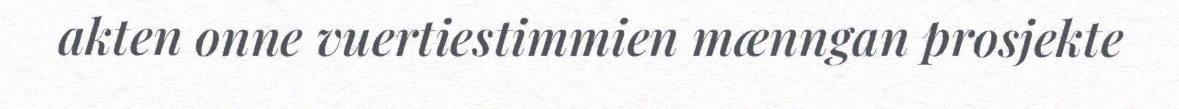
akten onne vuertiestimmien mænngan prosjekte